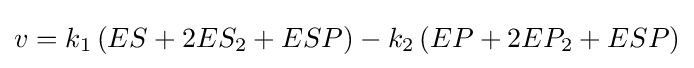
v=k_{1}\left(ES+2ES_{2}+ESP\right)-k_{2}\left(EP+2EP_{2}+ESP\right)